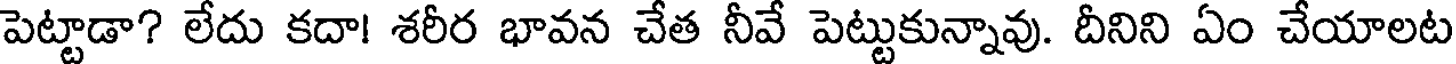
పెట్టాడా? లేదు కదా! శరీర భావన చేత నీవే పెట్టుకున్నావు. దీనిని ఏం చేయాలట